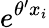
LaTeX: e^{\theta^{\prime}x_{i}}